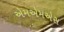
એમએમએસ